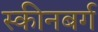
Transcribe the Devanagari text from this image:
स्कीनबर्ग